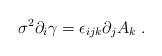
LaTeX: \begin{align*}\sigma ^{2}\partial _{i}\gamma =\epsilon _{ijk}\partial _{j}A_{k}\;.\end{align*}